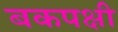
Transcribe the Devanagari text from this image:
बकपक्षी